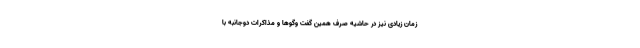
زمان زیادی نیز در حاشیه صرف همین گفت ‌وگوها و مذاکرات دوجانبه با